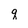
Character: q